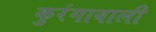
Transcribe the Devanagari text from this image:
कुरंगावाली